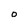
Character: 0